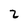
Character: 2